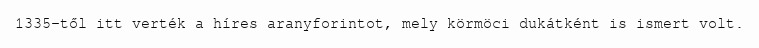
1335-től itt verték a híres aranyforintot, mely körmöci dukátként is ismert volt.